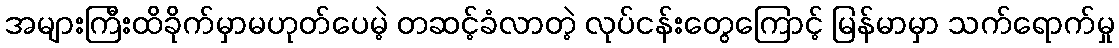
အများကြီးထိခိုက်မှာမဟုတ်ပေမဲ့ တဆင့်ခံလာတဲ့ လုပ်ငန်းတွေကြောင့် မြန်မာမှာ သက်ရောက်မှု